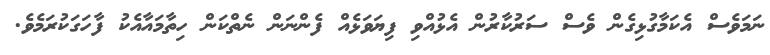
ނަމަވެސް އެކަމާގުޅިގެން ވެސް ސަރުކާރުން އެޅުއްވި ފިޔަވަޅެއް ފެންނަން ނެތްކަން ހިތާމައާއެކު ފާހަގަކުރަމެވެ.